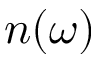
n ( \omega )